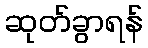
ဆုတ်ခွာရန်